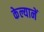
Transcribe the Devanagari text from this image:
केल्यानें